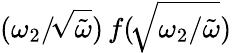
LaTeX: (\omega_{2}/\! \sqrt{\tilde{\omega}})\, f(\! \sqrt{\omega_{2}/\tilde{\omega}})